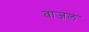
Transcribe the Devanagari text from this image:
वाजलं